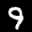
Label: 9